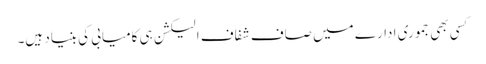
کسی بھی جموری ادارے میں صاف شفاف الیکشن ہی کامیابی کی بنیاد ہیں۔